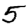
Digit: 5